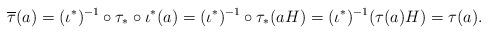
LaTeX: \begin{align*} \overline\tau(a) = (\iota^*)^{-1} \circ \tau_* \circ \iota^*(a) = (\iota^*)^{-1} \circ \tau_*(aH) = (\iota^*)^{-1}(\tau(a)H) = \tau(a). \end{align*}